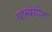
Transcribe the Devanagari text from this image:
बाम्बेग्रीन